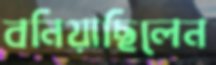
বনিয়াছিলেন